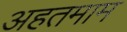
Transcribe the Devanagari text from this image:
अहतमाम